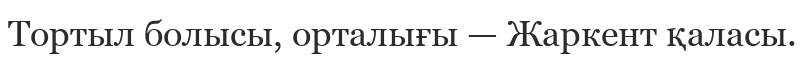
Тортыл болысы, орталығы — Жаркент қаласы.